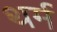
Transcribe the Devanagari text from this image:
थर्म